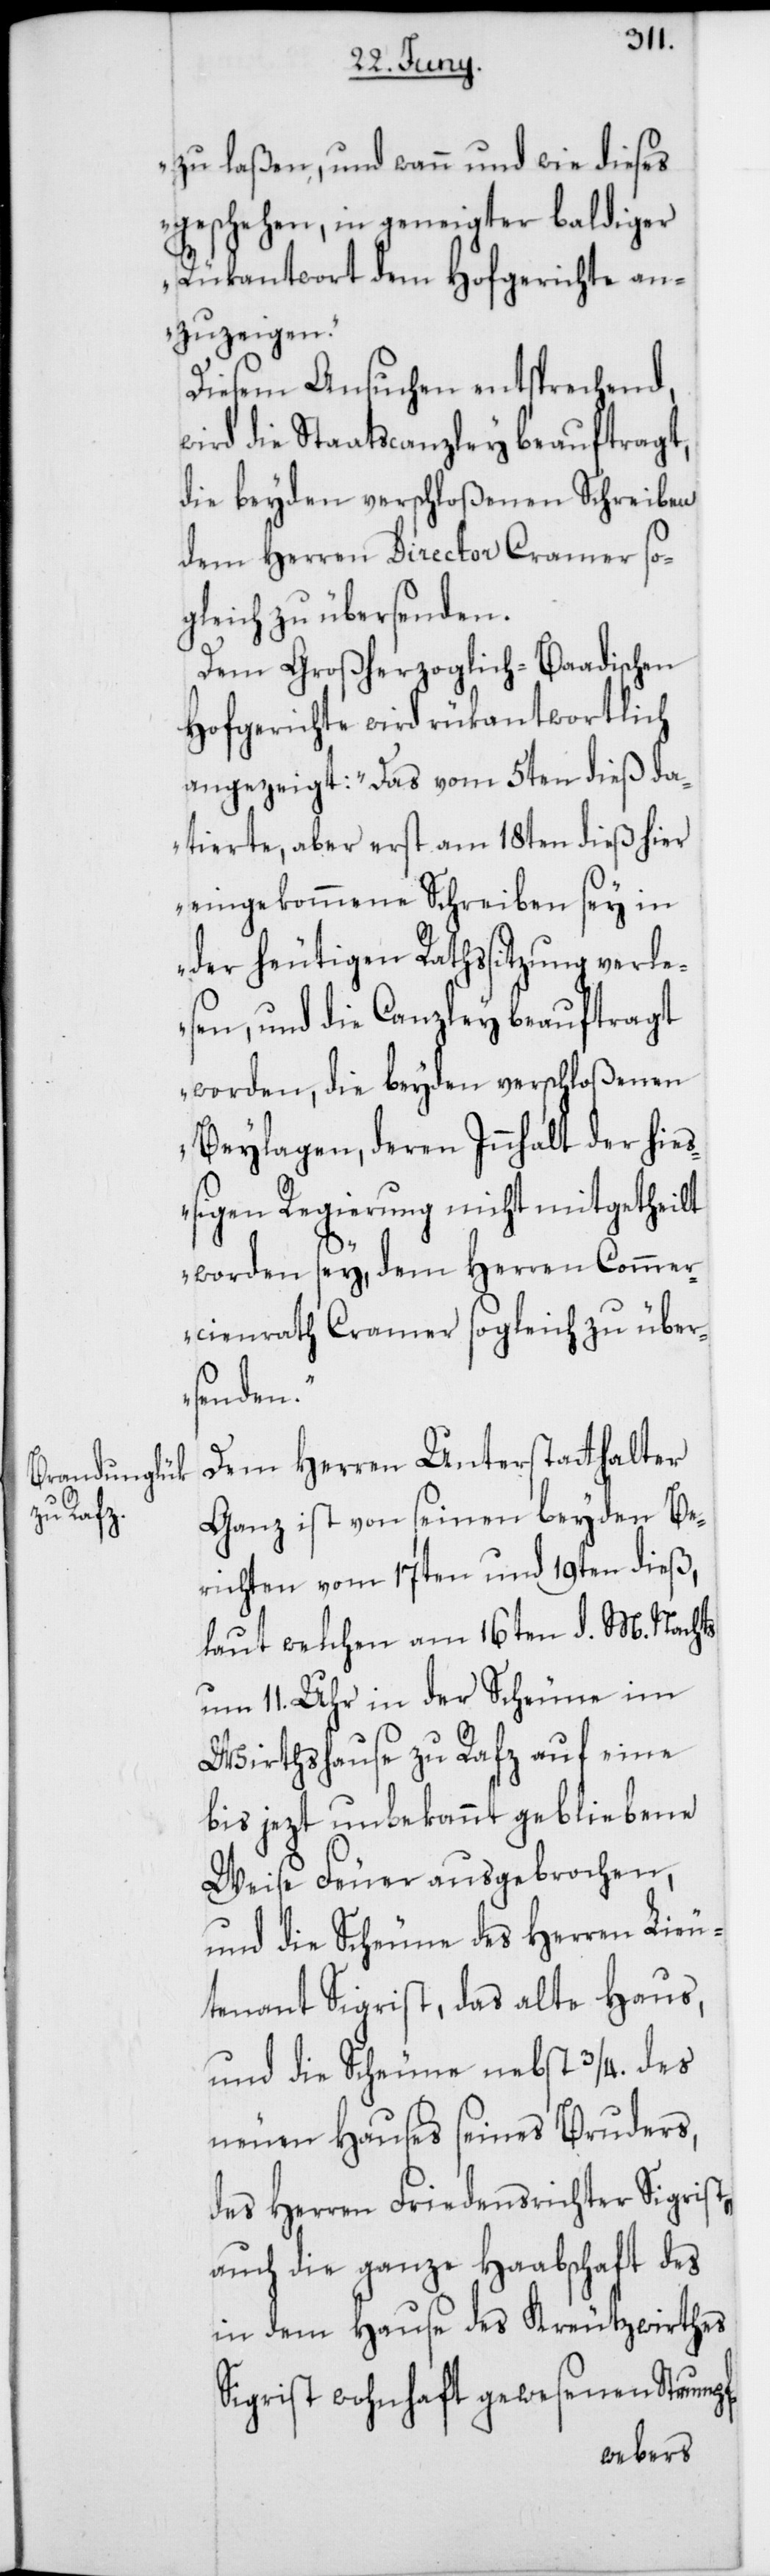
zu laßen, und wann und wie dieses
geschehen, in geneigter baldiger
Rükantwort dem Hofgerichte an¬
zuzeigen.“
Diesem Ansuchen entsprechend,
wird die Staatscanzley beauftragt,
die beyden verfloßenen Schreiben
dem Herren Director Cramer so¬
gleich zu übersenden.
Dem Großherzoglich-Baadischen
Hofgerichte wird rükantwortlich
angezeigt: „Das vom 5ten dieß da¬
tierte, aber erst am 18ten dieß hier
eingekommene Schreiben sei in
der heutigen Rathssitzung verle¬
sen, und die Canzley beauftragt
worden, die beyden verschloßenen
Beylagen, deren Innhalt der hieß¬
igen Regierung nicht mitgetheilt
worden sey, dem Herren Commer¬
cienrath Cramer sogleich zu über¬
senden.“
Dem Herren Unterstatthalter
Ganz ist von seinen beyden Be¬
richten vom 17ten und 19ten dieß,
laut welchen am 16ten d. M. Nachts
um 11. Uhr in der Scheune im
Wirthshause zu Rafz auf eine
bis jezt unbekannt gebliebene
Weise Feuer ausgebrochen,
und die Scheune des Herren Lieu¬
tenant Sigrist, das alte Haus
und die Scheune nebst 3/4. des
neuen Hauses seines Bruders,
des Herren Friedensrichter Sigrist,
auch die ganze Haabschaft des
in dem Hause des Kreutzwirthes
Sigrist wohnhaft gewesenen Strumpf-